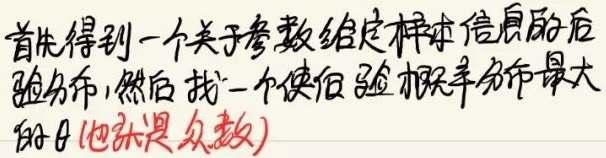
首先得到一个关于参数给定样本信息的后验分布，然后找一个使后验概率分布最大的 $\theta$ (也就是众数)